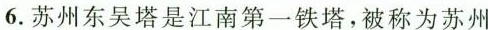
6.苏州东吴塔是江南第一铁塔，被称为苏州